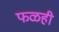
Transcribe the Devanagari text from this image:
फळही